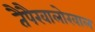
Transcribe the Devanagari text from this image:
तैपैखालोखाल